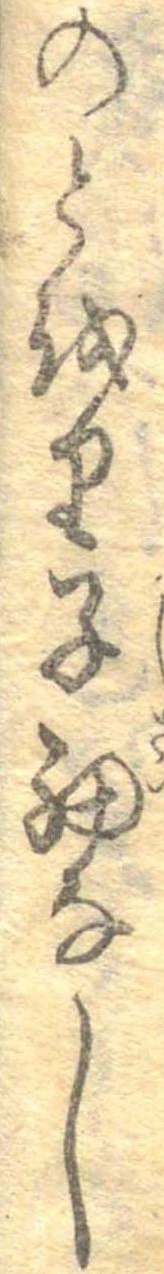
のとをり子細なし